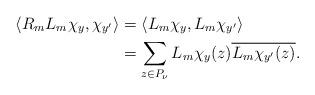
LaTeX: \begin{align*}\langle R_mL_m\chi_y, \chi_{y'}\rangle &= \langle L_m\chi_y, L_m\chi_{y'}\rangle \\&= \sum_{z \in P_\nu} L_m\chi_y(z) \overline{L_m\chi_{y'}(z)}.\end{align*}